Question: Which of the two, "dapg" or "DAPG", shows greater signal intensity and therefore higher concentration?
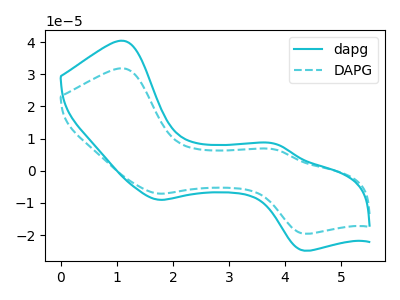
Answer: <think>The cyan curve "dapg" has anodic peaks at (1.10V, 40.45uA) (3.85V, 8.35uA) and cathodic peaks at (1.75V, -9.05uA) (4.35V, -24.85uA). The cyan dashed curve "DAPG" has anodic peaks at (1.10V, 31.85uA) (3.85V, 6.55uA) and cathodic peaks at (1.75V, -7.10uA) (4.35V, -19.55uA).
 All the peaks in "dapg" have a peak in "DAPG" at the same potential. Every peak in "dapg" is higher than every peak in "DAPG".</think>
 <answer>"dapg" has more signal than "DAPG" and so likely has a higher concentration.</answer>
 <eval>more_concentration</eval>